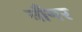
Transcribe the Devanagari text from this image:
नौगर